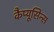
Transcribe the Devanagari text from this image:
कैप्यूसिन्स